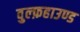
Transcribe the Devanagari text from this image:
वुल्फ़हाउण्ड